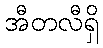
အီတလီရှိ